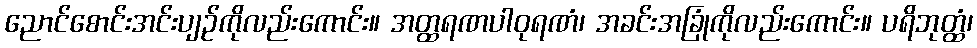
ညောင်စောင်းအင်းပျဉ်ကိုလည်းကောင်း။ အတ္ထရဏပါဝုရဏံ၊ အခင်းအခြုံကိုလည်းကောင်း။ ပရိဘုတ္ထံ၊